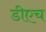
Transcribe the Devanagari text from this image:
डीएच